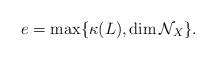
LaTeX: \begin{align*}e=\max\{\kappa(L),\dim \mathcal N_X\}.\end{align*}